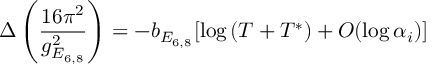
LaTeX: \Delta \left( { \frac { 1 6 \pi ^ { 2 } } { g _ { E _ { 6 , 8 } } ^ { 2 } } } \right) = - b _ { E _ { 6 , 8 } } [ \log \left( T + T ^ { \ast } \right) + { \cal O } ( \log \alpha _ { i } ) ]